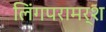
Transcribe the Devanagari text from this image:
लिंगपरामर्श